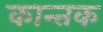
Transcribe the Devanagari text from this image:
कान्तक